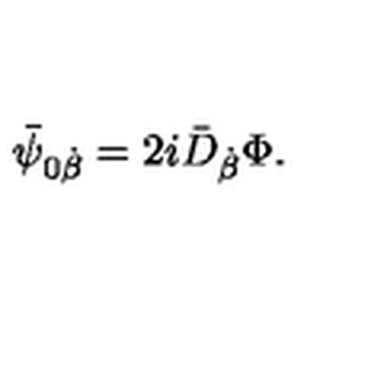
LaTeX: \bar { \psi } _ { 0 \dot { \beta } } = { 2 i } \bar { D } _ { \dot { \beta } } \Phi .